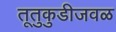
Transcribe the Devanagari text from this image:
तूतुकुडीजवळ